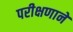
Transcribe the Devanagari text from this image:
परीक्षणाने